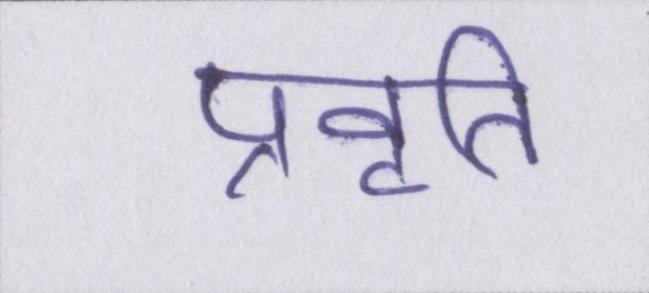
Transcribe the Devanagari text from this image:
प्रवृति